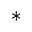
^ *